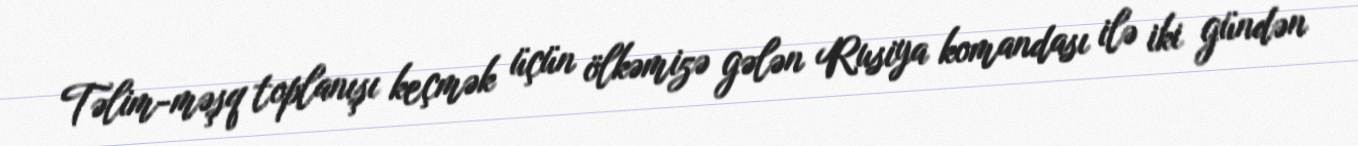
Təlim-məşq toplanışı keçmək üçün ölkəmizə gələn Rusiya komandası ilə iki gündən